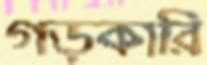
গড়কারি